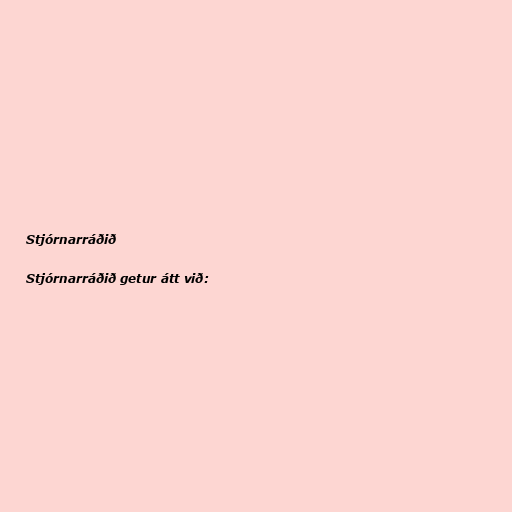
Stjórnarráðið

Stjórnarráðið getur átt við: